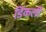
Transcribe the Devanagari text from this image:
डिंकली